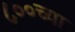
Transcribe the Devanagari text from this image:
८००च्या